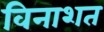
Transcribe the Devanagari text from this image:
विनाशत